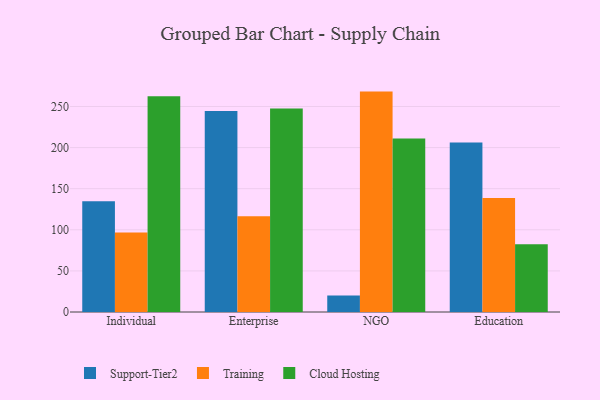
{"axis": {"x": "Segment", "y": "Gross Profit (USD K)"}, "legend": ["Cloud Hosting", "Support-Tier2", "Training"], "data": [{"x": "Individual", "y": 134.8, "type": "Support-Tier2"}, {"x": "Individual", "y": 96.6, "type": "Training"}, {"x": "Individual", "y": 262.3, "type": "Cloud Hosting"}, {"x": "Enterprise", "y": 244.4, "type": "Support-Tier2"}, {"x": "Enterprise", "y": 116.4, "type": "Training"}, {"x": "Enterprise", "y": 247.5, "type": "Cloud Hosting"}, {"x": "NGO", "y": 20.0, "type": "Support-Tier2"}, {"x": "NGO", "y": 268.1, "type": "Training"}, {"x": "NGO", "y": 211.1, "type": "Cloud Hosting"}, {"x": "Education", "y": 206.3, "type": "Support-Tier2"}, {"x": "Education", "y": 138.8, "type": "Training"}, {"x": "Education", "y": 82.4, "type": "Cloud Hosting"}]}